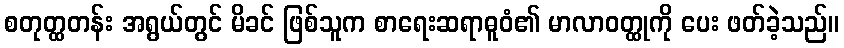
စတုတ္ထတန်း အရွယ်တွင် မိခင် ဖြစ်သူက စာရေးဆရာဓူဝံ၏ မာလာဝတ္ထုကို ပေး ဖတ်ခဲ့သည်။